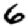
Digit: 6